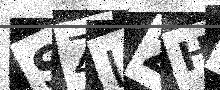
Text: SZLZHN